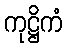
ကုဋ္ဌိကံ